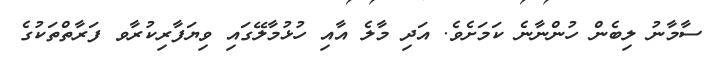
ސާމާނު ލިބެން ހުންނާނެ ކަމަށެވެ. އަދި މާލެ އާއި ހުޅުމާލޭގައި ވިޔަފާރިކުރާވ ފަރާތްތަކުގެ